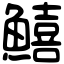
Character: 鱚